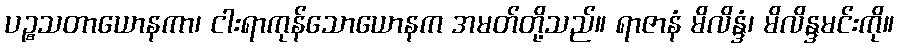
ပဉ္စသတာယောနကာ၊ ငါးရာကုန်သောယောနက အမတ်တို့သည်။ ရာဇာနံ မိလိန္ဒံ၊ မိလိန္ဒမင်းကို။